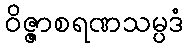
ဝိဇ္ဇာစရဏသမ္ပဒံ